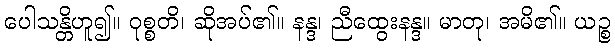
ပေါသန္တိဟူ၍။ ဝုစ္စတိ၊ ဆိုအပ်၏။ နန္ဒ၊ ညီထွေးနန္ဒ။ မာတု၊ အမိ၏။ ယဉ္စ